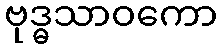
ဗုဒ္ဓသာဝကော